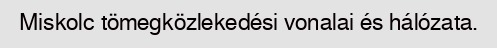
Miskolc tömegközlekedési vonalai és hálózata.